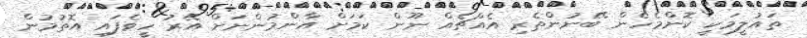
ތައުލީމަކީ ކޮންމެހެން ބޭނުންތެރި އެއްޗެއް ނޫން ކަމަށް އާންމުންނަށް އޭރު ހީވެފައި އޮތުމުން